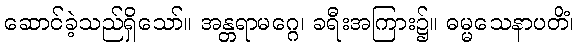
ဆောင်ခဲ့သည်ရှိသော်။ အန္တရာမဂ္ဂေ၊ ခရီးအကြား၌။ ဓမ္မသေနာပတိံ၊